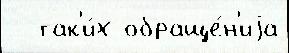
  так'и́х обраще́н'иjа